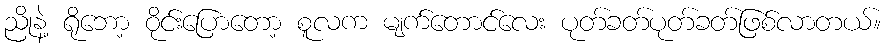
ညိုနဲ့ ရိုဘော့ ဝိုင်းပြောတော့ စူလက မျက်တောင်လေး ပုတ်ခတ်ပုတ်ခတ်ဖြစ်လာတယ်။